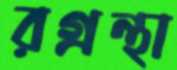
রগ্রন্থা